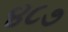
૪૮૭